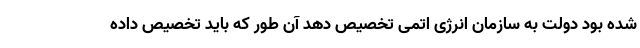
شده بود دولت به سازمان انرژی اتمی تخصیص دهد آن طور که باید تخصیص داده